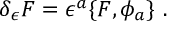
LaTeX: \delta _ { \epsilon } F = \epsilon ^ { a } \{ F , \phi _ { a } \} \, \, .